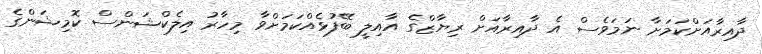
ދާއިރާއަށްކަމަށާ ނަމަވެސް އެ ދާއިރާއަށް ރިޔާޒްގެ އާއިލީ ބޭފުޅެއްކަމަށްވާ މިހާރު އިލެކްޝަންސް ކޮމިޝަންގެ